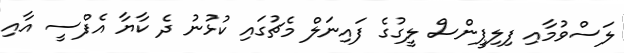
ލަސްވުމާއި ފިލިޕީންސް ލީގުގެ ފައިނަލް މެޗުގައި ކުޅުނު ދެ ކާޔާ އެފްސީ އާއި